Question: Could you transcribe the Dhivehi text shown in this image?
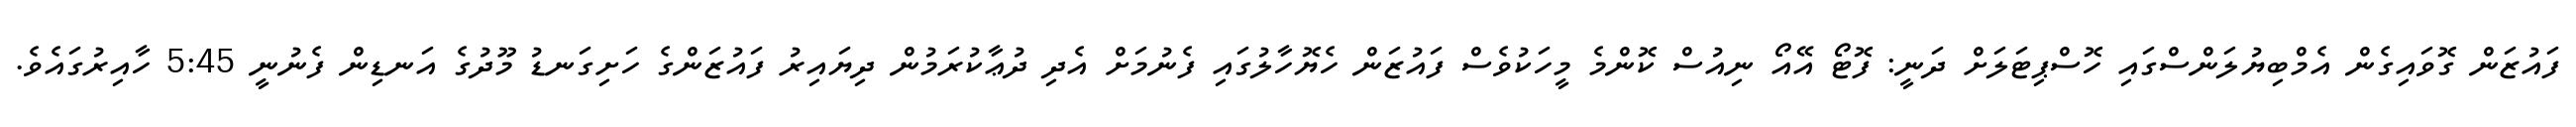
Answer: ފައުޒަން ގޮވައިގެން އެމްބިޔުލަންސްގައި ހޮސްޕިޓަލަށް ދަނީ: ފޮޓޯ އޭއޯ ނިއުސް ކޮންމެ މީހަކުވެސް ފައުޒަން ހެޔޮހާލުގައި ފެނުމަށް އެދި ދުޢާކުރަމުން ދިޔައިރު ފައުޒަންގެ ހަށިގަނޑު މޫދުގެ އަނޑިން ފެނުނީ 5:45 ހާއިރުގައެވެ.